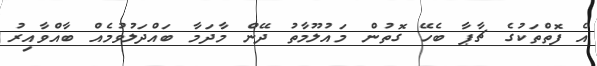
އެ ފޮތްތަކުގެ ޗާޕާ ބެހޭ ގޮތުން މައުލޫމާތު ދޭން މާދަމާ ބައްދަލުވުމެއް ބާއްވާއިރު